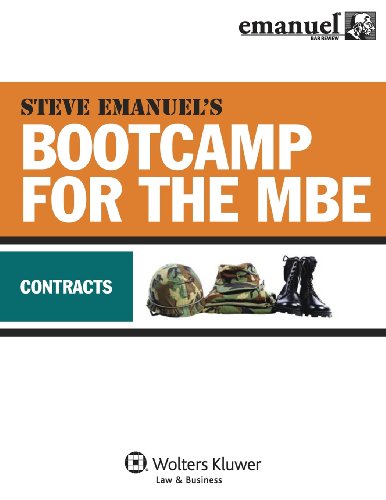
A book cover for MBE Bootcamp: Contracts (Bootcamp for the Mbe); Steven Emanuel; Test Preparation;